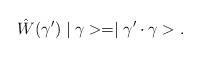
LaTeX: \begin{align*}\hat{W}(\gamma')\mid \gamma> = \mid \gamma'\cdot \gamma>.\end{align*}